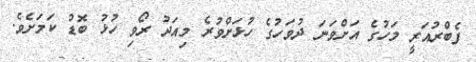
ފެބްރުއަރީ މަހުގެ އަށްވަނަ ދުވަހުގެ ހުޅަށްވުރެ މިއަދު ރޯވި ހުޅު ބޮޑު ކަމަށެވެ.